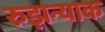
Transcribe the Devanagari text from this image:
रुझन्याक